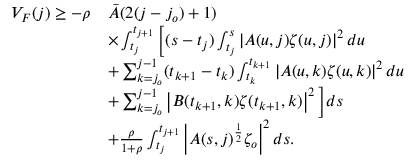
\begin{array} { r l } { V _ { F } ( j ) \geq - \rho } & { \bar { A } ( 2 ( j - j _ { o } ) + 1 ) } \\ & { \times \int _ { t _ { j } } ^ { t _ { j + 1 } } \bigg [ ( s - t _ { j } ) \int _ { t _ { j } } ^ { s } \left| A ( u , j ) \zeta ( u , j ) \right| ^ { 2 } d u } \\ & { + \sum _ { k = j _ { o } } ^ { j - 1 } ( t _ { k + 1 } - t _ { k } ) \int _ { t _ { k } } ^ { t _ { k + 1 } } \left| A ( u , k ) \zeta ( u , k ) \right| ^ { 2 } d u } \\ & { + \sum _ { k = j _ { o } } ^ { j - 1 } \left| B ( t _ { k + 1 } , k ) \zeta ( t _ { k + 1 } , k ) \right| ^ { 2 } \bigg ] d s } \\ & { + \frac { \rho } { 1 + \rho } \int _ { t _ { j } } ^ { t _ { j + 1 } } \left| A ( s , j ) ^ { \frac { 1 } { 2 } } \zeta _ { o } \right| ^ { 2 } d s . } \end{array}